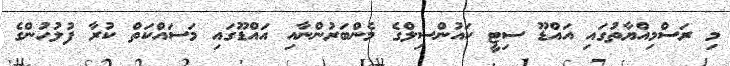
މި ރަސްމިއްޔާތުގައި އައްޑޫ ސިޓީ ކައުންސިލްގެ މެންބަރުންނާއި އައްޑޫގައި މަސައްކަތް ކުރާ ފުލުހުންގެ